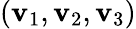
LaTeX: (\mathbf{v}_{1},\mathbf{v}_{2},\mathbf{v}_{3})